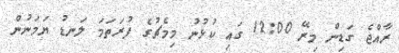
ރާއްޖެ ގަޑިން މިރޭ 12:00 ގައި ކުޅުނު މިމެޗުގެ ފުރަތަމަ ލަނޑު ޔަމަނުން